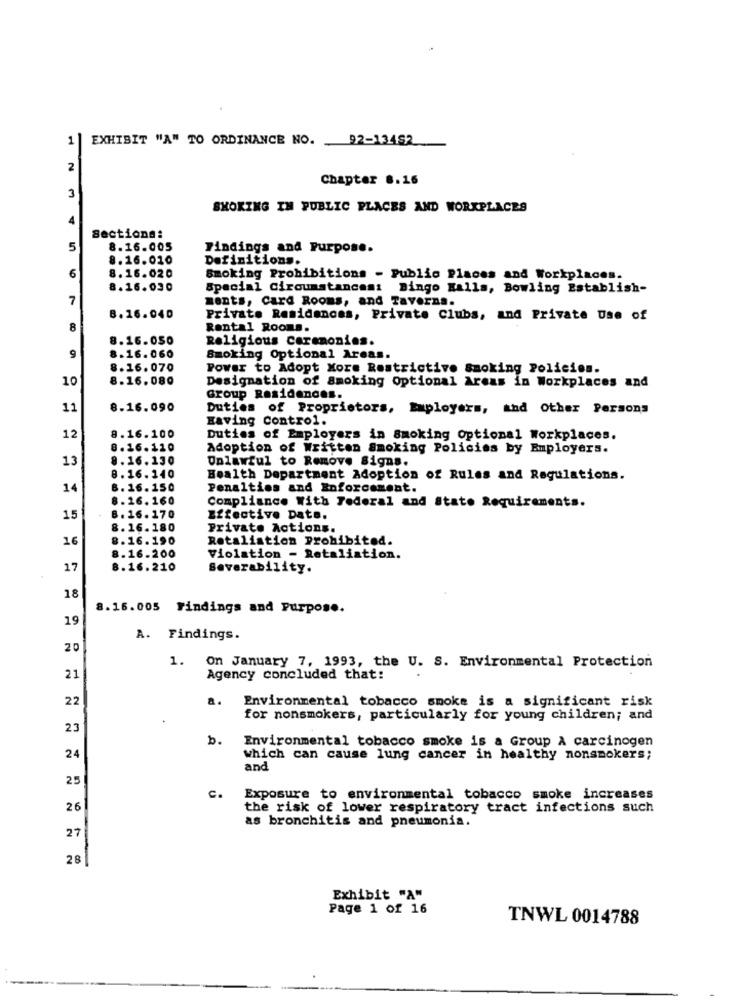
1
EXHIBIT "A" TO ORDINANCE NO. 92-13482
2
Chapter 8.16
3
SMOKING IN PUBLIC PLACES AND WORKPLACES
4
Sectiona:
5
8.16.005
Findings and Purpose.
8.16.010
Definitions.
8.16.020
6
Smoking Prohibitions - Public Places and Workplaces.
8.16.030
Special Circumstances: Bingo Halls, Bowling Establish-
7
ments, Card Rooms, and Taverna.
8.16.040
Private Residences, Private Clubs, and Private Use of
8
Rental Rooms.
8.16.050
Religious Ceremonies.
8.16.060
9
Smoking Optional Areas.
8.16.070
Power to Adopt More Restrictive Smoking Policies.
10
8.16. 080
Designation of Smoking Optional Areas in Workplaces and
Group Residences.
11
8.16.090
Duties of Proprietors, Employers, and Other Persons
Having Control.
8.16.100
12
Duties of Employers in Smoking Optional Workplaces.
8.16.110
Adoption of Written Smoking Policies by Employers.
13
8.16.130
Unlawful to Remove Signs.
8.16.140
Health Department Adoption of Rules and Regulations.
14
6.16. 150
Penalties and Enforcement.
8.16. 160
Compliance With Federal and Stato Requirements.
15
8. 16.170
Effective Date.
8. 16. 180
Private Actions.
16
8.16.190
Retaliation Prohibited.
8.16.200
Violation - Retaliation.
17
8.16.210
Severability.
18
8.16.005 Findings and Purpose.
19
A. Findings.
20
1. On January 7, 1993, the U. S. Environmental Protection
21
Agency concluded that:
22
a.
Environmental tobacco smoke is a significant risk
for nonsmokers, particularly for young children; and
23
b.
Environmental tobacco smoke is a Group À carcinogen
24
which can cause lung cancer in healthy nonsmokers;
and
25
c.
Exposure to environmental tobacco smoke increases
26
the risk of lower respiratory tract infections such
as bronchitis and pneumonia.
27
28
Exhibit "A"
Page 1 of 16
TNWL 0014788